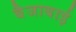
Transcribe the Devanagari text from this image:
बैजाबाई